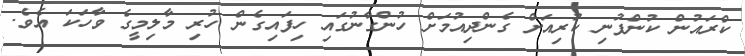
ކްރައުން ކުންފުނި ކުރިއަށް ގެންދިއުމަށް ހުންގާނުގައި ހިފައިގެން ހުރި މާލިމީގެ ވާހަކަ އެވެ.